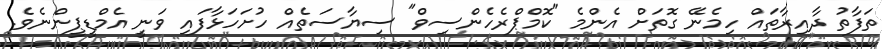
ތަފާތު ދާއިރާތައް ހިމެނޭ ގޮތަށް އެންމެ "ކޮމްޕްރެހެންސިވް" ސިޔާސަތެއް ހުށަހަޅާފައި ވަނީ އެމްޑީޕީންނެވެ.